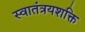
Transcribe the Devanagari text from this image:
स्वातंत्रयशक्ति